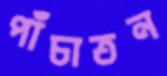
পাঁচাতন